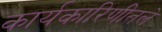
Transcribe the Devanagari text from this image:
कार्यकारिणीतले